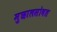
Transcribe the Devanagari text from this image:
मुछालसोबत